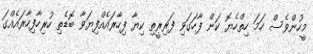
މީހުންވެސް ހަމަ ހިތްހެޔޮ ކަން ފާހަގަވި ފަރިރީތި ކިޔާ ފިހާރައެއްފިޔަވާ ބޮޑެތި ހުރިހާފިހާރައެއްގަ